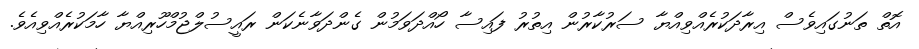
އޮތް ތަނުގައިވެސް އިރާދަކުރެއްވިއްޔާ ސަރުކާރުން އިތުރު ފައިސާ ހޯއްދަވަމުން ގެންދަވާނެކަން ރައީސުލްޖުމްހޫރިއްޔާ ހާމަކުރެއްވިއެވެ.